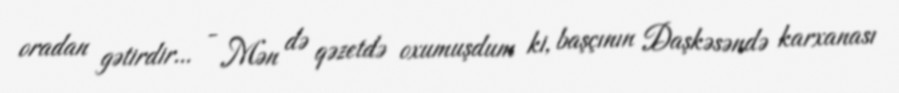
oradan gətirdir... - Mən də qəzetdə oxumuşdum ki, başçının Daşkəsəndə karxanası